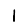
Digit: 1